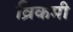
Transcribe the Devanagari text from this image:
व्रिकमी